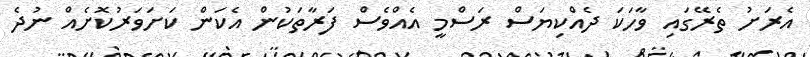
އެރަށު ތެރޭގައި ވާހަކަ ދެއްކިޔަސް ރަސްމީ އެއްވެސް ފަރާތަކުން އެކަން ކަށަވަރުކޮށެއް ނުދެ